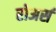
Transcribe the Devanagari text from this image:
रोअर्स